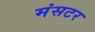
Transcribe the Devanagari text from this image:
मंसटर